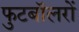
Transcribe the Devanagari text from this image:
फुटबॉलरों